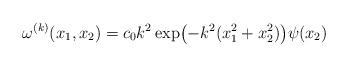
LaTeX: \begin{align*} \omega^{(k)}(x_1,x_2) =c_0 k^2 \exp\bigl( -k^2(x_1^2+x_2^2) \bigr) \psi(x_2) \end{align*}